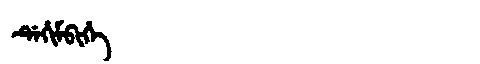
Manchu: ᡩᡝᡥᡳᠮᠪᡳᡥᡝ
Romanization: DEHIMBIHE